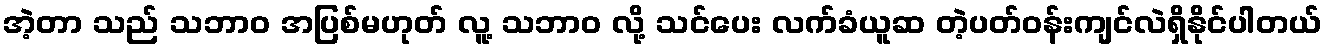
အဲ့တာ သည် သဘာဝ အပြစ်မဟုတ် လူ့ သဘာဝ လို့ သင်ပေး လက်ခံယူဆ တဲ့ပတ်ဝန်းကျင်လဲရှိနိုင်ပါတယ်